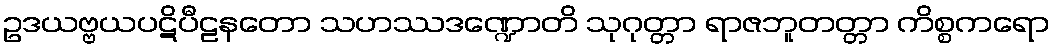
ဥဒယဗ္ဗယပဋိပီဠနတော သဟဿဒဏ္ဍောတိ သုဂုတ္တာ ရာဇဘူတတ္တာ ကိစ္စကရော